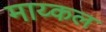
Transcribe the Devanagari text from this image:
माय्कल